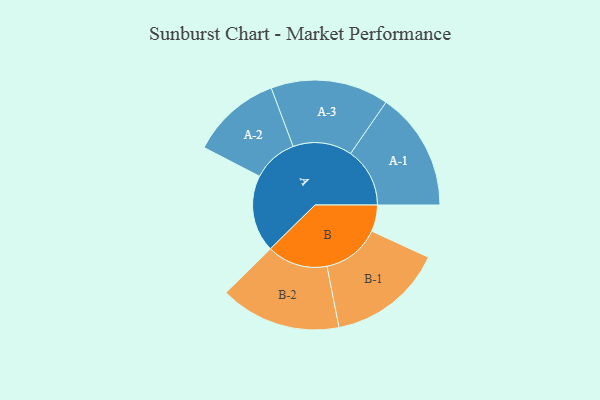
{"axis": {"x": "Segment", "y": "Value"}, "legend": ["", "A", "B"], "data": [{"x": "A", "y": 352, "type": ""}, {"x": "B", "y": 121, "type": ""}, {"x": "A-1", "y": 271, "type": "A"}, {"x": "A-2", "y": 206, "type": "A"}, {"x": "A-3", "y": 270, "type": "A"}, {"x": "B-1", "y": 265, "type": "B"}, {"x": "B-2", "y": 277, "type": "B"}]}